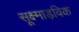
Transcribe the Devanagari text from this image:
सूक्ष्माड़विक